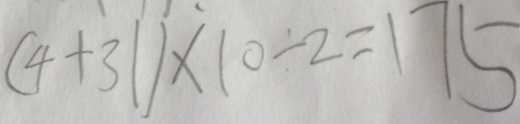
( 4 + 3 1 ) \times 1 0 \div 2 = 1 7 5